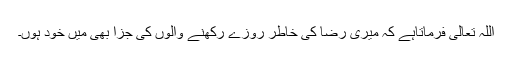
اللہ تعالیٰ فرماتاہے کہ میری رضا کی خاطر روزے رکھنے والوں کی جزا بھی مَیں خود ہوں۔